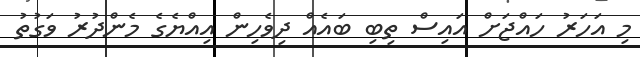
މި އަހަރު ހައްޖަށް އައިސް ތިބި ބައެއް ދިވެހިން އިއްޔެގެ މެންދުރު ވަގުތު